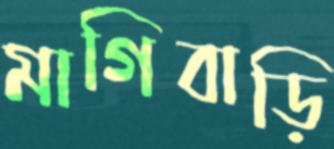
মাগিবাড়ি